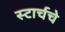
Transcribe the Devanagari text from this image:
स्टार्चचे